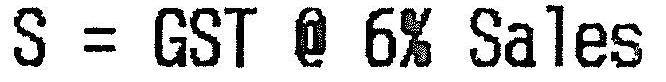
S = GST @ 6% SALES